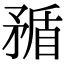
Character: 𥍿